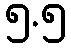
၅.၅